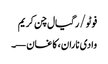
فوٹو/ رگیال چن کریم
وادی ناران، کاغان—۔